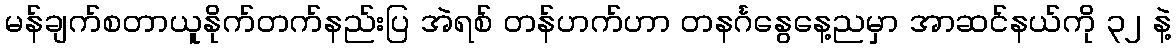
မန်ချက်စတာယူနိုက်တက်နည်းပြ အဲရစ် တန်ဟက်ဟာ တနင်္ဂနွေနေ့ညမှာ အာဆင်နယ်ကို ၃၂ နဲ့